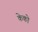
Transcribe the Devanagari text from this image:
केको